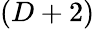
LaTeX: (D+2)